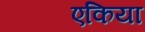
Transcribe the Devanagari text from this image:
एकिया